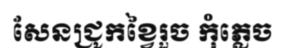
សែនជ្រូកខ្វៃរួច កុំភ្លេច